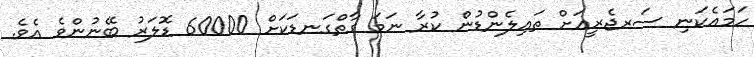
ހަމައެކަނި ސަރޖެރީއަށް ތައިލެންޑުން ކުރާ ނަމަ ގާތްގަނޑަކަށް 60000 ޑޮލަރު ބޭނުންވެ އެވެ.